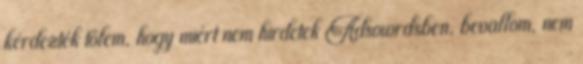
kérdezték tőlem, hogy miért nem hirdetek Adsowrdsben, bevallom, nem